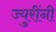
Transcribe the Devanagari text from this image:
ज्युरींनी